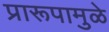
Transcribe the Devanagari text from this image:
प्रारूपामुळे